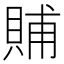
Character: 䝵